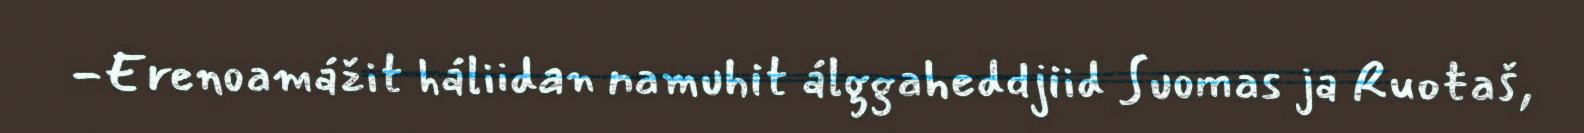
-Erenoamážit háliidan namuhit álggaheddjiid Suomas ja Ruoŧaš,